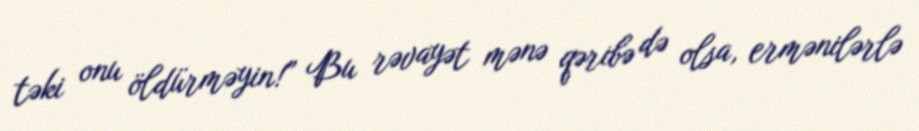
təki onu öldürməyin!” Bu rəvayət mənə qəribə də olsa, ermənilərlə